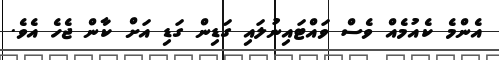
އެންމެ ކެއުމެއް ވެސް ވައްޓައިނުލައި ގަޑިން ގަޑި އަށް ކާން ޖެހެ އެވެ.